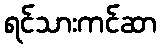
ရင်သားကင်ဆာ